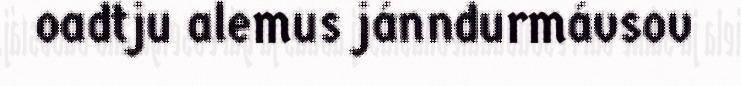
oadtju alemus jánndurmávsov